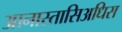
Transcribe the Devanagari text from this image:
आनास्तासिअधिस